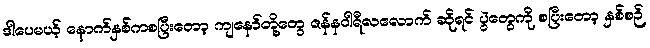
ဒါပေမယ့် နောက်နှစ်ကစပြီးတော့ ကျနော်တို့တွေ ဇန်နဝါရီလလောက် ဆိုရင် ပွဲတွေကို စပြီးတော့ နှစ်စဉ်